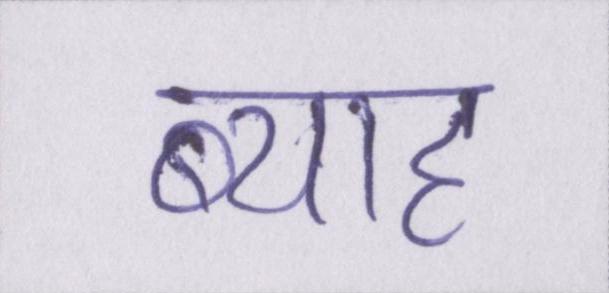
ब्याह